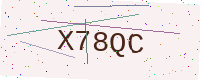
Text: X78QC